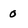
Character: 0